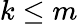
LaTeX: k\leq m